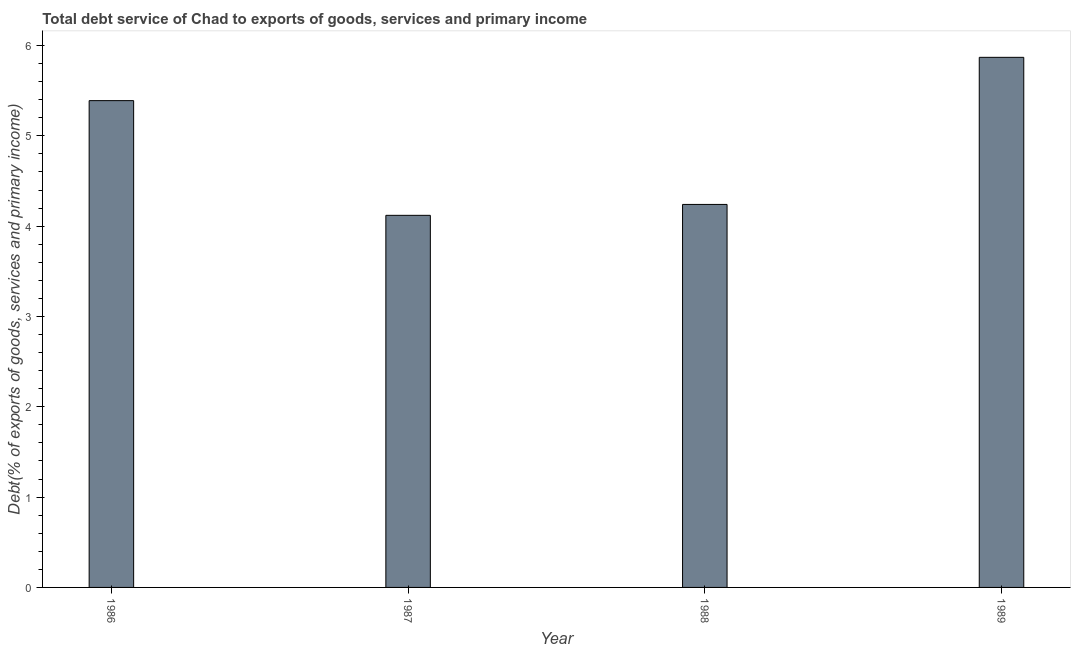
| Year | Total debt service |
 | --- | --- |
 | 1986 | 5.39 |
 | 1987 | 4.12 |
 | 1988 | 4.24 |
 | 1989 | 5.87 |